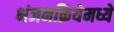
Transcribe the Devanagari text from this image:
भंजनक्रियेमध्ये